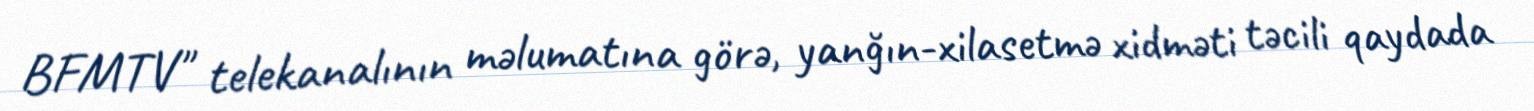
BFMTV" telekanalının məlumatına görə, yanğın-xilasetmə xidməti təcili qaydada